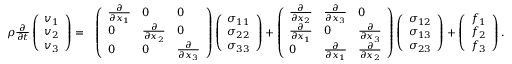
\begin{array} { r l } { \rho \frac { \partial } { \partial t } \left( \begin{array} { l } { v _ { 1 } } \\ { v _ { 2 } } \\ { v _ { 3 } } \end{array} \right) = } & { \left( \begin{array} { l l l } { \frac { \partial } { \partial x _ { 1 } } } & { 0 } & { 0 } \\ { 0 } & { \frac { \partial } { \partial x _ { 2 } } } & { 0 } \\ { 0 } & { 0 } & { \frac { \partial } { \partial x _ { 3 } } } \end{array} \right) \left( \begin{array} { l } { \sigma _ { 1 1 } } \\ { \sigma _ { 2 2 } } \\ { \sigma _ { 3 3 } } \end{array} \right) + \left( \begin{array} { l l l } { \frac { \partial } { \partial x _ { 2 } } } & { \frac { \partial } { \partial x _ { 3 } } } & { 0 } \\ { \frac { \partial } { \partial x _ { 1 } } } & { 0 } & { \frac { \partial } { \partial x _ { 3 } } } \\ { 0 } & { \frac { \partial } { \partial x _ { 1 } } } & { \frac { \partial } { \partial x _ { 2 } } } \end{array} \right) \left( \begin{array} { l } { \sigma _ { 1 2 } } \\ { \sigma _ { 1 3 } } \\ { \sigma _ { 2 3 } } \end{array} \right) + \left( \begin{array} { l } { f _ { 1 } } \\ { f _ { 2 } } \\ { f _ { 3 } } \end{array} \right) . } \end{array}